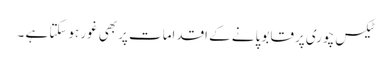
ٹیکس چوری پرقابو پانے کے اقدامات پربھی غور ہوسکتا ہے ۔